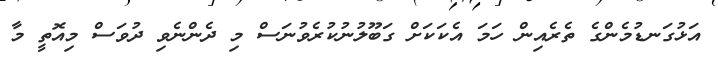
އަޅުގަނޑުމެންގެ ތެރެއިން ހަމަ އެކަކަށް ގަބޫލުނުކުރެވުނަސް މި ދެންނެވި ދުވަސް މިއޮތީ މާ